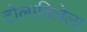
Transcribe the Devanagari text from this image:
टोलाविलेला